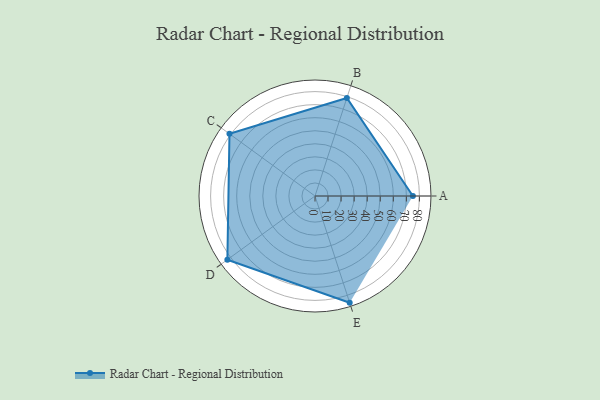
{"axis": {"x": "Skill", "y": "Score"}, "legend": ["Profile"], "data": [{"x": "A", "y": 75.0, "type": "Profile"}, {"x": "B", "y": 79.0, "type": "Profile"}, {"x": "C", "y": 81.0, "type": "Profile"}, {"x": "D", "y": 83.0, "type": "Profile"}, {"x": "E", "y": 86.0, "type": "Profile"}]}